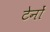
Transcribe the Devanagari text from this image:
टेनों